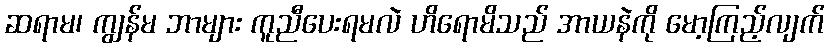
ဆရာမ၊ ကျွန်မ ဘာများ ကူညီပေးရမလဲ ဟိရောမိသည် အာယနဲကို မော့ကြည့်လျက်